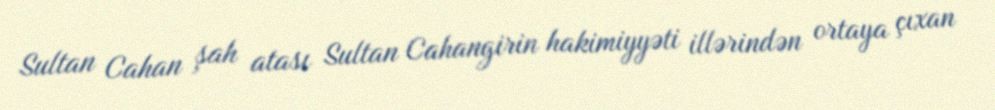
Sultan Cahan şah atası Sultan Cahangirin hakimiyyəti illərindən ortaya çıxan